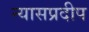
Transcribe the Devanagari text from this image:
न्यासप्रदीप